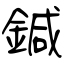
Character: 鍼